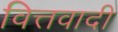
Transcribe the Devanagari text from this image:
वित्तवादी